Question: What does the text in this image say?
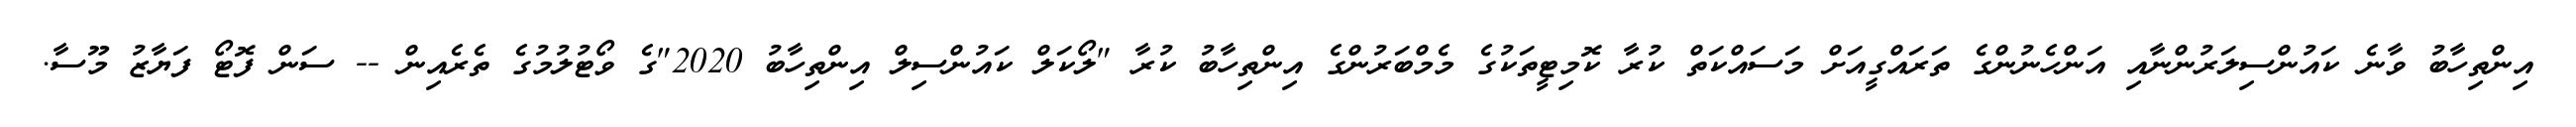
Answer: އިންތިހާބު ވާނެ ކައުންސިލަރުންނާއި އަންހެނުންގެ ތަރައްގީއަށް މަސައްކަތް ކުރާ ކޮމިޓީތަކުގެ މެމްބަރުންގެ އިންތިހާބު ކުރާ "ލޯކަލް ކައުންސިލް އިންތިހާބު 2020"ގެ ވޯޓުލުމުގެ ތެރެއިން -- ސަން ފޮޓޯ ފަޔާޒު މޫސާ.